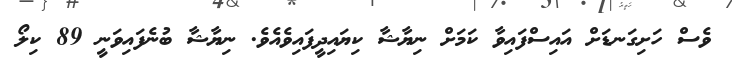
ވެސް ހަށިގަނޑަށް އައިސްފައިވާ ކަމަށް ނިޔާޝާ ކިޔައިދީފައިވެއެވެ. ނިޔާޝާ ބުނެފައިވަނީ 89 ކިލޯ